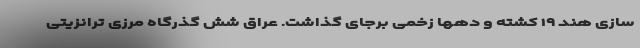
سازی هند ۱۹ کشته و دهها زخمی برجای گذاشت. عراق شش گذرگاه مرزی ترانزیتی